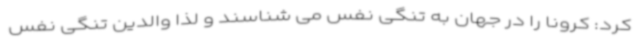
کرد: کرونا را در جهان به تنگی نفس می شناسند و لذا والدین تنگی نفس